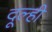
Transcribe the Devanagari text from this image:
दूल्ही